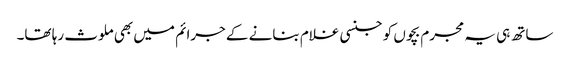
ساتھ ہی یہ مجرم بچوں کو جنسی غلام بنانے کے جرائم میں بھی ملوث رہا تھا۔